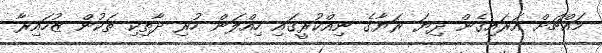
މައްޗަށް އަރައިގެން ދިޔަ ރަޔާގެ ނިއްކުރީގައި ހިއްލަން ހުރި ދާތިކި ތަކުން ޒުހައިރާ